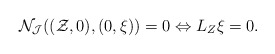
\begin{align*}\mathcal{N}_{\mathcal{J}}((\mathcal{Z},0),(0,\mathcal{\xi}))=0 \Leftrightarrow L_Z\mathcal{\xi}=0.\end{align*}